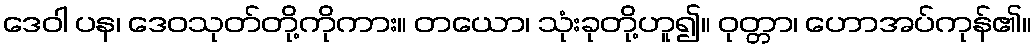
ဒေဝါ ပန၊ ဒေဝသုတ်တို့ကိုကား။ တယော၊ သုံးခုတို့ဟူ၍။ ဝုတ္တာ၊ ဟောအပ်ကုန်၏။